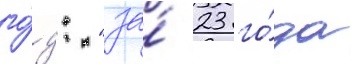
го́д: "за́ 23 го́да